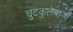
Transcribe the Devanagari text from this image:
चुटकुलेबाजी